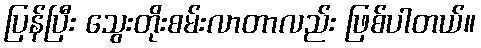
ပြန်ပြီး သွေးတိုးစမ်းလာတာလည်း ဖြစ်ပါတယ်။